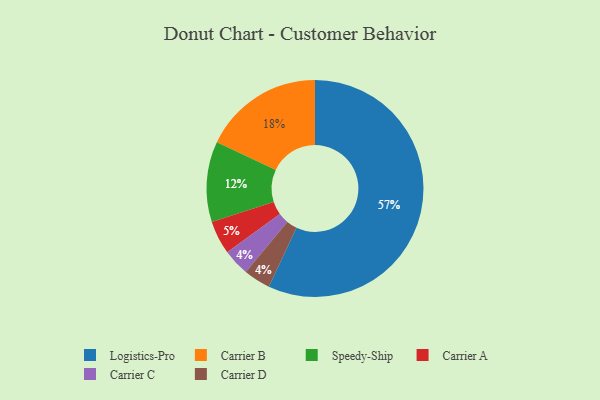
{"axis": {"x": "Category", "y": "Percentage"}, "legend": ["Carrier A", "Carrier B", "Carrier C", "Carrier D", "Logistics-Pro", "Speedy-Ship"], "data": [{"x": "Carrier C", "y": 4, "type": "Carrier C"}, {"x": "Carrier A", "y": 5, "type": "Carrier A"}, {"x": "Speedy-Ship", "y": 12, "type": "Speedy-Ship"}, {"x": "Carrier B", "y": 18, "type": "Carrier B"}, {"x": "Logistics-Pro", "y": 57, "type": "Logistics-Pro"}, {"x": "Carrier D", "y": 4, "type": "Carrier D"}]}